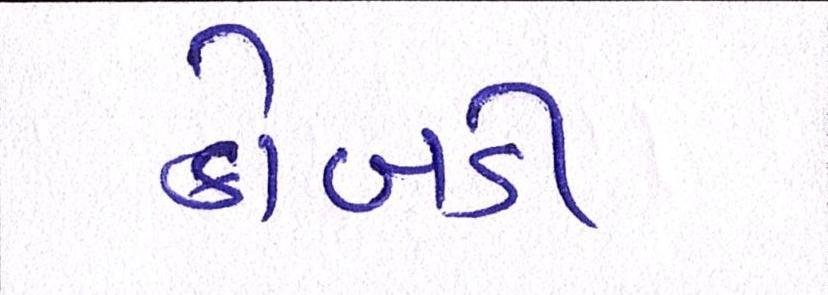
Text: કોબડી